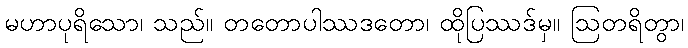
မဟာပုရိသော၊ သည်။ တတောပါဿဒတော၊ ထိုပြဿဒ်မှ။ ဩတရိတွာ၊